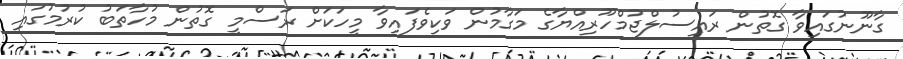
ގާނޫނުގައިވާ ގޮތުން ރައީސުލްޖުމްހޫރިއްޔާގެ މަގާމުން ވަކިވެފައިވާ މީހަކަށް ރަސްމީ ގޮތުން މުހާތަބު ކުރުމުގައި